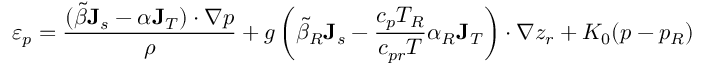
\varepsilon _ { p } = \frac { ( \tilde { \beta } { \bf J } _ { s } - \alpha { \bf J } _ { T } ) \cdot \nabla p } { \rho } + g \left( \tilde { \beta } _ { R } { \bf J } _ { s } - \frac { c _ { p } T _ { R } } { c _ { p r } T } \alpha _ { R } { \bf J } _ { T } \right) \cdot \nabla z _ { r } + K _ { 0 } ( p - p _ { R } )